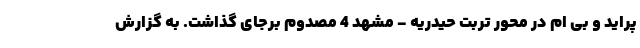
پراید و بی ام در محور تربت حیدریه - مشهد 4 مصدوم برجای گذاشت. به گزارش